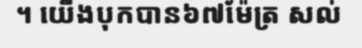
។ យើងបុកបាន៦៧ម៉ែត្រ សល់